Vaccination in Bombay 1924-1928 - 1924-1928
Year: 1924
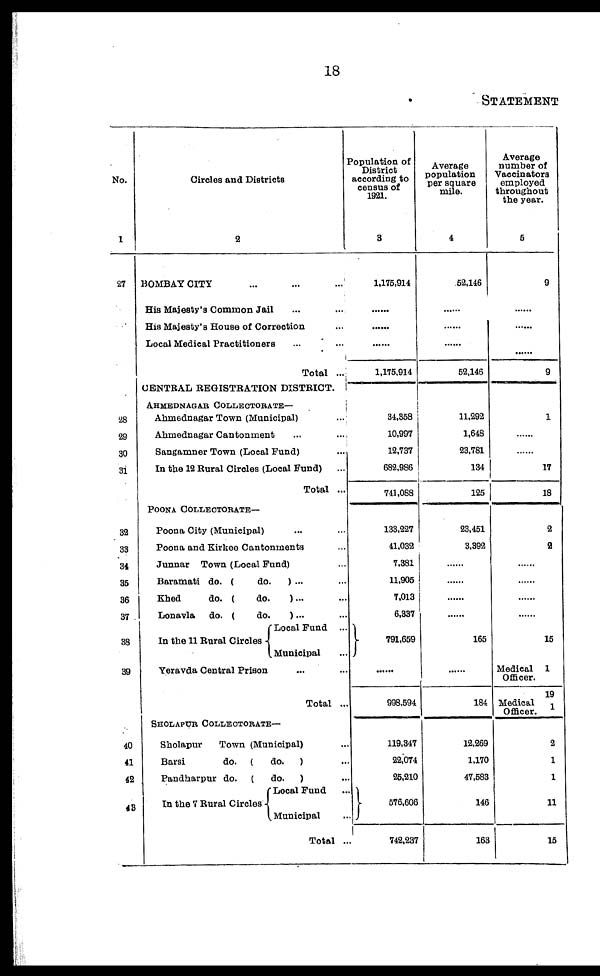
18
STATEMENT
No.
1
27
28
29
30
31
32
33
34
35
36
37
38
39
40
41
42
43
Circles and Districts
2
BOMBAY CITY ... ... ...
His Majesty's Common Jail ... ...
His Majesty's House of Correction ...
Local Medical Practitioners ... ...
Total ...
CENTRAL REGISTRATION DISTRICT.
AHMEDNAGAR COLLECTORATE—
Ahmednagar Town (Municipal) ...
Ahmednagar Cantonment ... ...
Sangamner Town (Local Fund) ...
In the 12 Rural Circles (Local Fund) ...
Total ...
POONA COLLECTORATE—
Poona City (Municipal) ... ...
Poona and Kirkee Cantonments ...
Junnar Town (Local Fund) ...
Baramati do. (
do.) ... ...
Khed
do. (do.
) ... ...
Lonavla
do. (do.
) ... ...
In the 11 Rural Circles
Local Fund...
Municipal ...
Yeravda Central Prison
... ...
Total ...
SHOLAPUR COLLECTORATE—
Sholapur
Town (Municipal) ...
Barsi
do. (do.) ...
Pandharpur do. (do.) ...
In the 7 Rural Circles
Local Fund ...
Municipal ...
Total ...
Population of
District
according to
census of
1921.
3
1,175,914
......
......
......
1,175,914
34,358
10,997
12,737
682,986
741,088
133,227
41,032
7,381
11,905
7,013
6,337
791,659
......
998,594
119,347
22,074
25,210
576,606
742,237
Average
population
per square
mile.
4
52,146
......
......
......
52,146
11,292
1,648
23,781
134
125
23,451
3,392
......
......
......
......
165
......
184
12,269
1,170
47,583
146
163
Average
number of
Vaccinators
employed
throughout
the year.
5
9
......
......
......
9
1
......
......
17
18
2
2
......
......
......
......
15
Medical
Officer.
Medical
Officer.
1
19
1
2
1
1
11
15